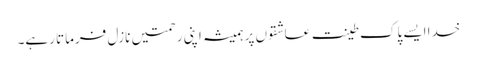
خدا ایسے پاک طینت عاشقوں پر ہمیشہ اپنی رحمتیں نازل فرماتا رہے۔